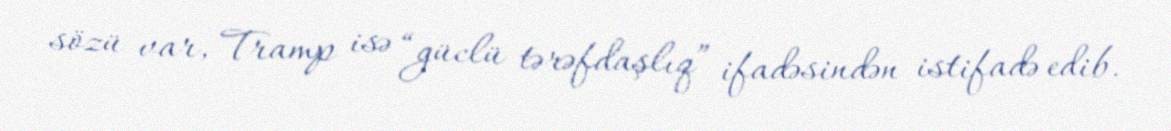
sözü var, Tramp isə “güclü tərəfdaşlıq” ifadəsindən istifadə edib.